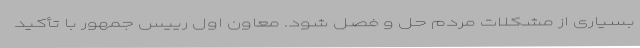
بسیاری از مشکلات مردم حل و فصل شود. معاون اول رییس جمهور با تأکید